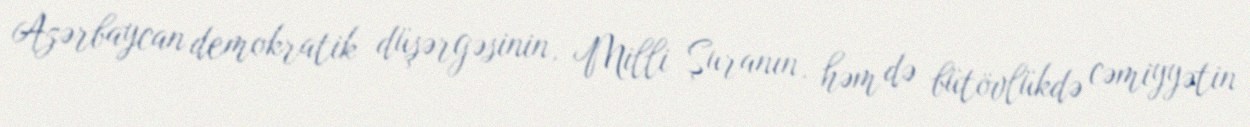
Azərbaycan demokratik düşərgəsinin, Milli Şuranın, həm də bütövlükdə cəmiyyətin